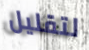
لتقليل